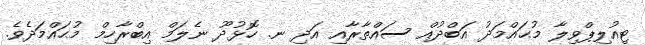
ޓިއުލިޕްވިލާ މުޙައްމަދު އަބްދުއް ސައްތާރާއި އަދި ނ. ހޮޅުދޫ ނެލަމް އިބްރާހިމް މުޙައްމަދެވެ.